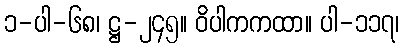
၁-ပါ-၆၈၊ ဋ္ဌ-၂၄၅။ ဝိပါကကထာ။ ပါ-၁၁၇၊